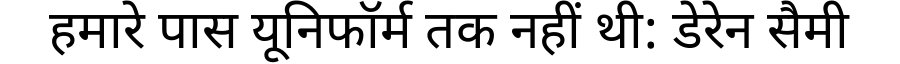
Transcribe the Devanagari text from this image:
हमारे पास यूनिफॉर्म तक नहीं थी: डेरेन सैमी